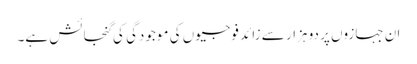
ان جہازوں پر دو ہزار سے زائد فوجیوں کی موجودگی کی گنجائش ہے۔